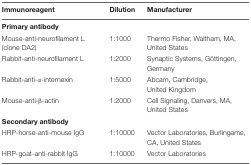
<table><thead><tr><td><b>Immunoreagent</b></td><td><b>Dilution</b></td><td><b>Manufacturer</b></td></tr></thead><tbody><tr><td><b>Primary antibody</b></td><td></td><td></td></tr><tr><td>Mouse-anti-neurofilament L (clone DA2)</td><td>1:1000</td><td>Thermo Fisher, Waltham, MA, United States</td></tr><tr><td>Rabbit-anti-neurofilament L</td><td>1:2000</td><td>Synaptic Systems, Göttingen, Germany</td></tr><tr><td>Rabbit-anti-α-internexin</td><td>1:5000</td><td>Abcam, Cambridge, United Kingdom</td></tr><tr><td>Mouse-anti-β-actin</td><td>1:2000</td><td>Cell Signaling, Danvers, MA, United States</td></tr><tr><td><b>Secondary antibody</b></td><td></td><td></td></tr><tr><td>HRP-horse-anti-mouse IgG</td><td>1:10000</td><td>Vector Laboratories, Burlingame, CA, United States</td></tr><tr><td>HRP-goat-anti-rabbit IgG</td><td>1:10000</td><td>Vector Laboratories</td></tr></tbody></table>